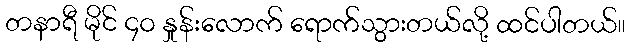
တနာရီ မိုင် ၄ဝ နှုန်းလောက် ရောက်သွားတယ်လို့ ထင်ပါတယ်။